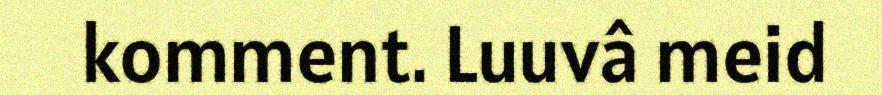
komment. Luuvâ meid